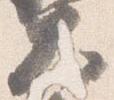
大